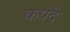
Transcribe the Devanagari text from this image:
कपदे